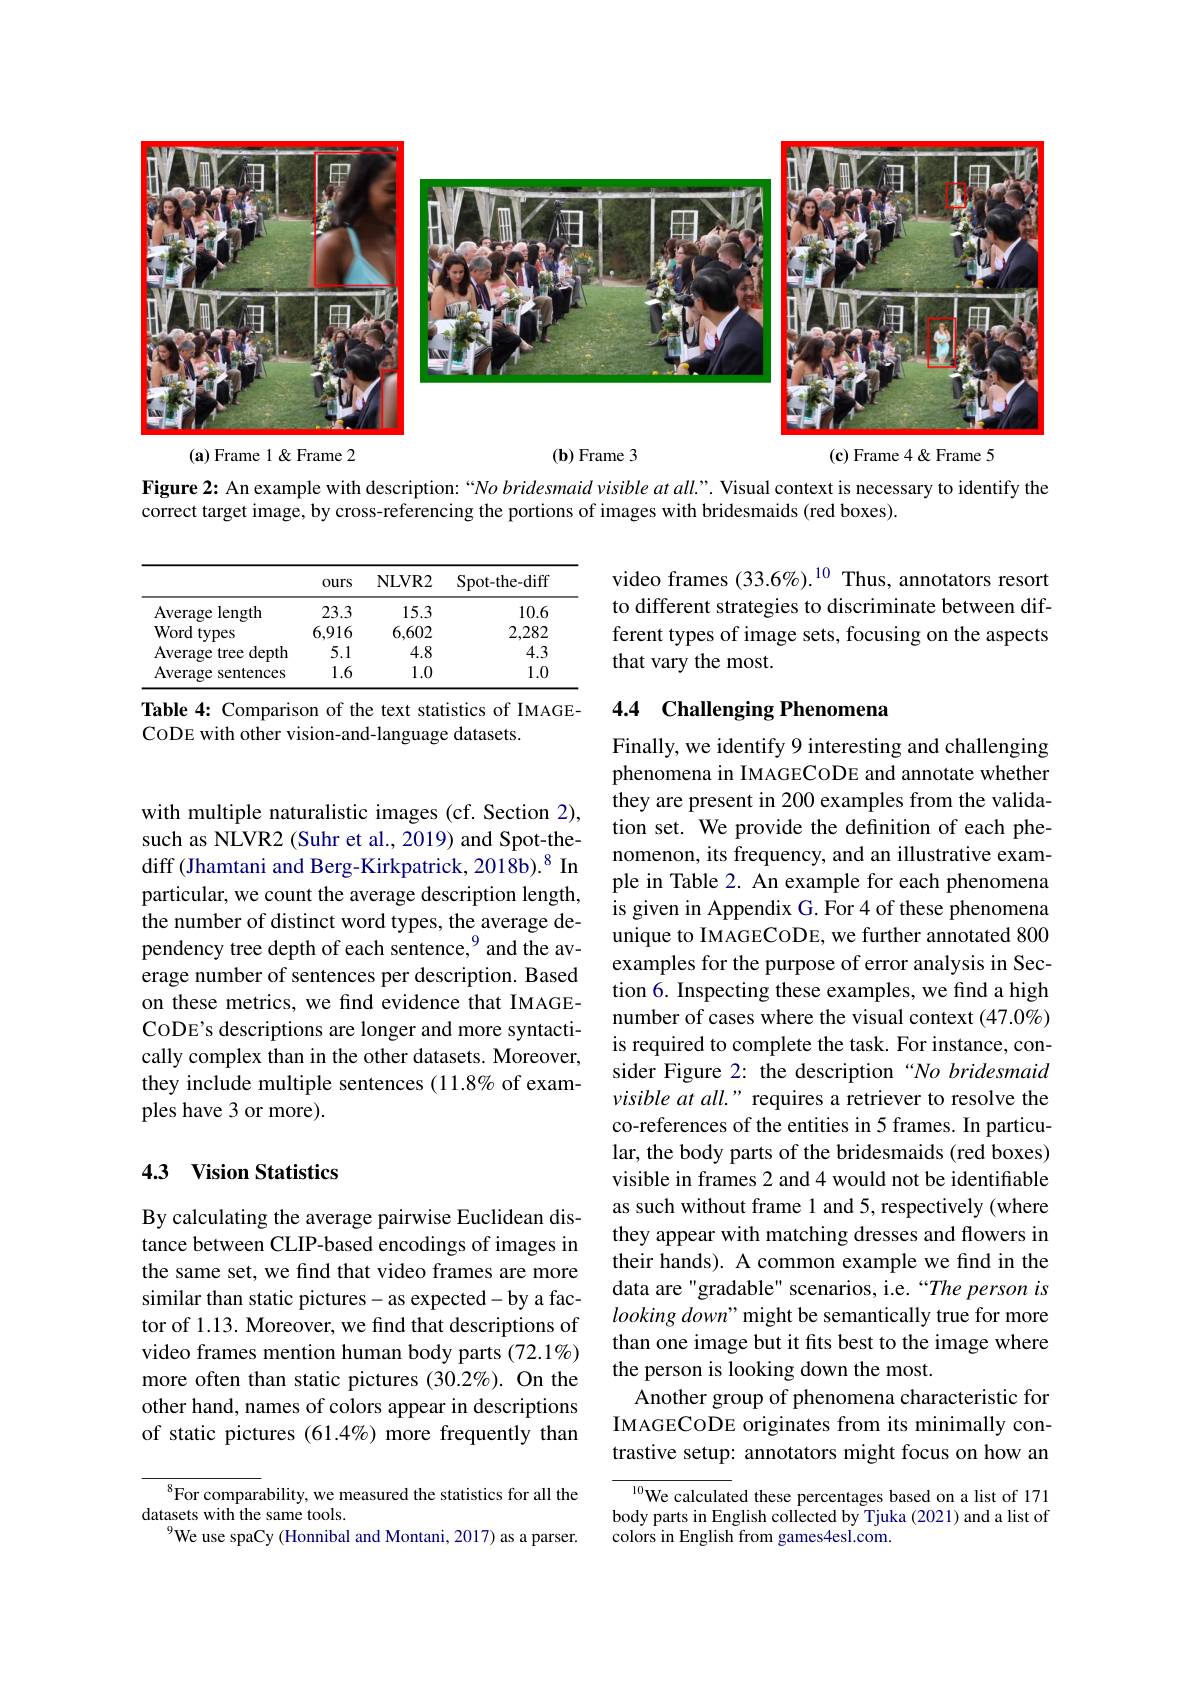
<FigureHere>

$(\mathbf{a})$ Frame 1& Frame 2

$(\mathbf{b})$ Frame 3

$(\mathbf{c})$ Frame 4 & Frame 5

Figure 2: An example with description:“No bridesmaid visible at all.”. Visual context is necessary to identify the
correct target image, by cross-referencing the portions of images with bridesmaids (red boxes).

video frames (33.6%).$^{10}$ Thus, annotators resort to different strategies to discriminate between different types of image sets, focusing on the aspects that vary the most.

<table>
	<tbody>
		<tr>
			<th> </th>
			<th>$0urs$</th>
			<th>NLVR2</th>
			<th>Spot-the-diff</th>
		</tr>
		<tr>
			<td>Average length</td>
			<td>23.3</td>
			<td>15.3</td>
			<td>10.6</td>
		</tr>
		<tr>
			<td>Word types 1 </td>
			<td>6,916</td>
			<td>6,602</td>
			<td>2,282</td>
		</tr>
		<tr>
			<td>Average e tree depth</td>
			<td>5.1</td>
			<td>4.8</td>
			<td>4.3</td>
		</tr>
		<tr>
			<td>Average sentences</td>
			<td>1.6</td>
			<td>1.0</td>
			<td>1.0</td>
		</tr>
	</tbody>
</table>
Table 4: Comparison of the text statistics of IMAGE-

## 4.4 Challenging Phenomena

CODE with other vision-and-language datasets.

with multiple naturalistic images (cf. Section 2), such as NLVR2 (Suhr et al., 2019) and Spot-thediff (Jhamtani and Berg-Kirkpatrick, 2018b).$^{8}$ In particular, we count the average description length, the number of distinct word types, the average dependency tree depth of each sentence,$^{9}$ and the average number of sentences per description. Based on these metrics, we find evidence that IMAGECODE's descriptions are longer and more syntactically complex than in the other datasets. Moreover, they include multiple sentences (11.8% of examples have 3 or more).

Finally, we identify 9 interesting and challenging phenomena in IMAGECODE and annotate whether they are present in 200 examples from the validation set. We provide the definition of each phenomenon, its frequency, and an illustrative example in Table 2. An example for each phenomena is given in Appendix G. For 4 of these phenomena unique to IMAGECODE, we further annotated 800 examples for the purpose of error analysis in Section 6. Inspecting these examples, we find a high number of cases where the visual context $(47.0\%)$ is required to complete the task. For instance, consider Figure 2: the description “No bridesmaid visible at all." requires a retriever to resolve the co-references of the entities in 5 frames. In particular, the body parts of the bridesmaids (red boxes) visible in frames 2 and 4 would not be identifiable as such without frame 1 and 5, respectively (where they appear with matching dresses and flowers in their hands). A common example we find in the data are"gradable" scenarios, i.e. “The person is looking down" might be semantically true for more than one image but it fits best to the image where the person is looking down the most.
Another group of phenomena characteristic for IMAGECODE originates from its minimally contrastive setup: annotators might focus on how an ${\frac{10}{\mathrm{We~calculat}}}$ed these percentages based on a list of 171

## 4.3 Vision Statistics

By calculating the average pairwise Euclidean distance between CLIP-based encodings of images in the same set, we find that video frames are more similar than static pictures-as expected-by a factor of 1.13. Moreover, we find that descriptions of video frames mention human body parts (72.1%) more often than static pictures (30.2%). On the other hand, names of colors appear in descriptions of static pictures (61.4%) more frequently than

body parts in English collected by Tjuka (2021) and a list of
colors in English from games4esl.com.

${^{8}\text{For compar}}$ability, we measured the statistics for all the
datasets with the same tools.
$^{9}$We use spaCy (Honnibal and Montani, 2017) as a parser.